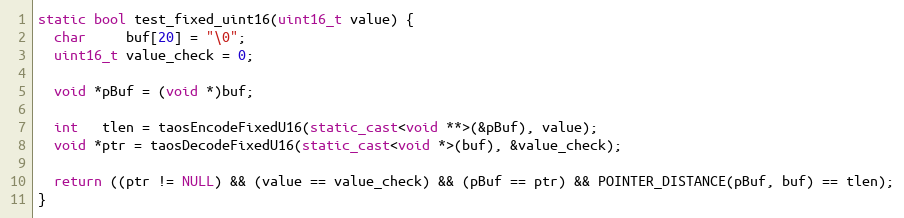
Language: C++
static bool test_fixed_uint16(uint16_t value) {
  char     buf[20] = "\0";
  uint16_t value_check = 0;

  void *pBuf = (void *)buf;

  int   tlen = taosEncodeFixedU16(static_cast<void **>(&pBuf), value);
  void *ptr = taosDecodeFixedU16(static_cast<void *>(buf), &value_check);

  return ((ptr != NULL) && (value == value_check) && (pBuf == ptr) && POINTER_DISTANCE(pBuf, buf) == tlen);
}